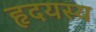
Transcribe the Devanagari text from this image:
हृदयस्य